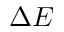
\Delta E